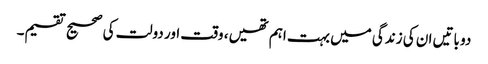
دو باتیں ان کی زندگی میں بہت اہم تھیں، وقت اور دولت کی صحیح تقسیم۔